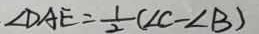
\angle D A E = \frac { 1 } { 2 } ( \angle C - \angle B )